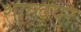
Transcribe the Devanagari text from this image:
शाल्वपुर